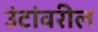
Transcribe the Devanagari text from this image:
उंटांवरील